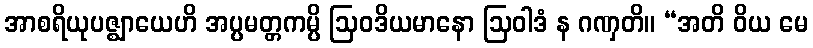
အာစရိယုပဇ္ဈာယေဟိ အပ္ပမတ္တကမ္ပိ ဩဝဒိယမာနော ဩဝါဒံ န ဂဏှတိ။ “အတိ ဝိယ မေ